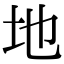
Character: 地